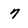
Character: 7